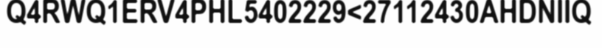
Q4RWQ1ERV4PHL5402229<27112430AHDNIIQ